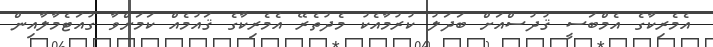
އެމެރިކާގެ އެމްބަސީ ޤުދުސްއަށް ބަދަލު ކުރުމާއެކު މެދުތެރޭ އެމެރިކާގެ ޤައުމެއް ކަމަށްވާ ގުއަޓެމާލާއިން